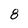
Character: 8